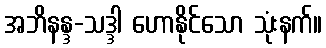
အဘိနန္ဒ-သဒ္ဒါ ဟောနိုင်သော သုံးနက်။